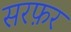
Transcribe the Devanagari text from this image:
सरफ़र